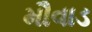
મૌવાડ